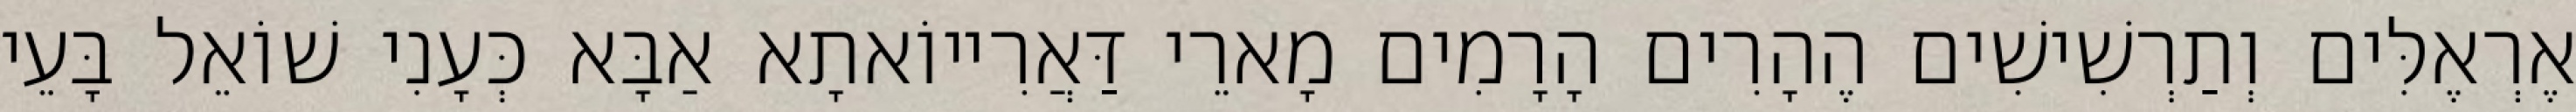
אֶרְאֶלִּים וְתַרְשִׁישִׁים הֶהָרִים הָרָמִים מָארֵי דַּאֲרִייוֹאתָא אַבָּא כְּעָנִי שׁוֹאֵל בָּעֵי